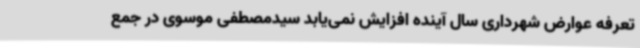
تعرفه عوارض شهرداری سال آینده افزایش نمی‌یابد سیدمصطفی موسوی در جمع